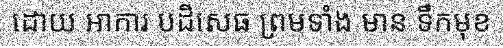
ដោយ អាការ បដិសេធ ព្រមទាំង មាន ទឹកមុខ